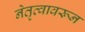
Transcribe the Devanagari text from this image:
नेतृत्वावरून